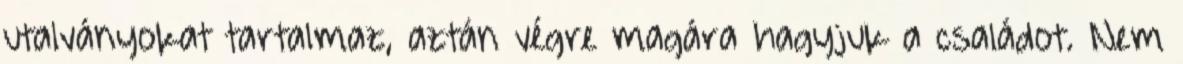
utalványokat tartalmaz, aztán végre magára hagyjuk a családot. Nem